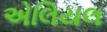
એલિયલ